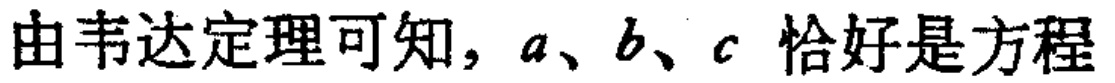
由韦达定理可知，\(a、b、c\) 恰好是方程